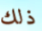
ذلك